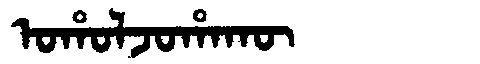
Manchu: ᠣᡥᠣᠯᠵᠣᡥᠠᡴᡡ
Romanization: OHOLJOHAKŪ